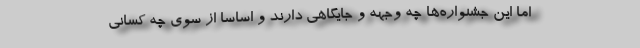
اما این جشنواره‌ها چه وجهه و جایگاهی دارند و اساساً از سوی چه کسانی